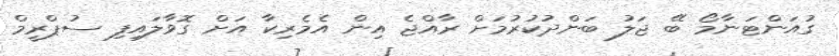
ގުއަންޓަނާމޯ ބޭ ޖަލު ބަންދުކުރުމަށް ރާއްޖެ އިން އެމެރިކާ އަށް ގޮވާލައިފި ސުޕްރީމް